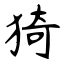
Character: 猗